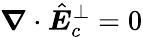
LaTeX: \boldsymbol\nabla\cdot\hat{\boldsymbol E}_{c}^{\perp}=0